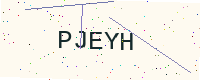
Text: PJEYH